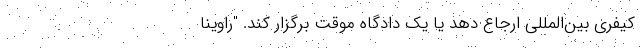
کیفری بین‌المللی ارجاع دهد یا یک دادگاه موقت برگزار کند. "راوینا